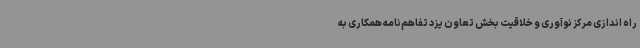
راه اندازی مرکز نوآوری و خلاقیت بخش تعاون یزد تفاهم‌نامه همکاری به